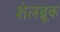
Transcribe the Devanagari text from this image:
शेलब्रूक